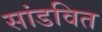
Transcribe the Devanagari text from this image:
सांडवित